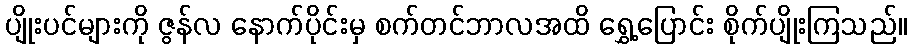
ပျိုးပင်များကို ဇွန်လ နောက်ပိုင်းမှ စက်တင်ဘာလအထိ ရွှေ့ပြောင်း စိုက်ပျိုးကြသည်။